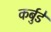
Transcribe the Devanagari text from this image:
कर्बुडे